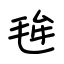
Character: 毪